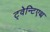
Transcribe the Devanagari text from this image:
ट्वेन्टिएथ